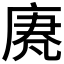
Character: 𫷵